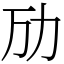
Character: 劢